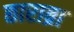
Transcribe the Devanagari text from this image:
छाराब्रा